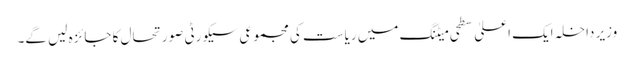
وزیر داخلہ ایک اعلیٰ سطحی میٹنگ میں ریاست کی مجموعی سیکورٹی صورتحال کا جائزہ لیں گے۔